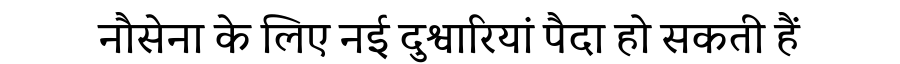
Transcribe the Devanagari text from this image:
नौसेना के लिए नई दुश्वारियां पैदा हो सकती हैं